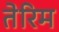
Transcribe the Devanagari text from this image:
तेरिम